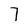
Character: 7